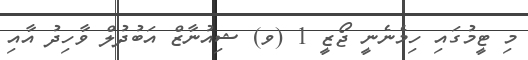
މި ޓީމުގައި ހިމެނެނީ ޖޯޒީ 1 (ވ) ޝިއުނާޒް އަބުދުލް ވާހިދު އާއި